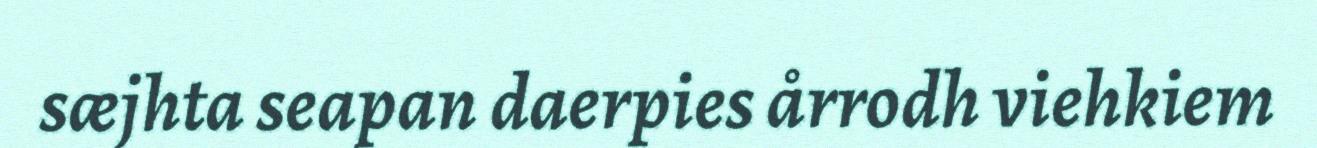
sæjhta seapan daerpies årrodh viehkiem